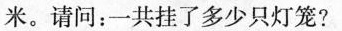
米。请问：一共挂了多少只灯笼?